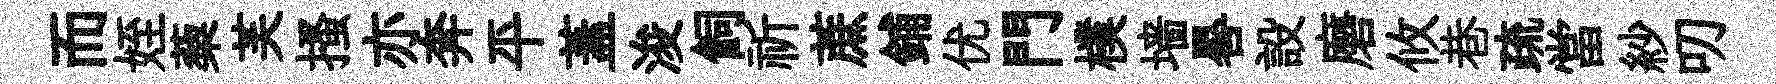
而姪蔾芙搔亦奔平蓋浚飼祈蔗鋪优門樸墙晷設磨攸巷疏當紗叨